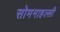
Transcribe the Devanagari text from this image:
सोमनाहल्ली